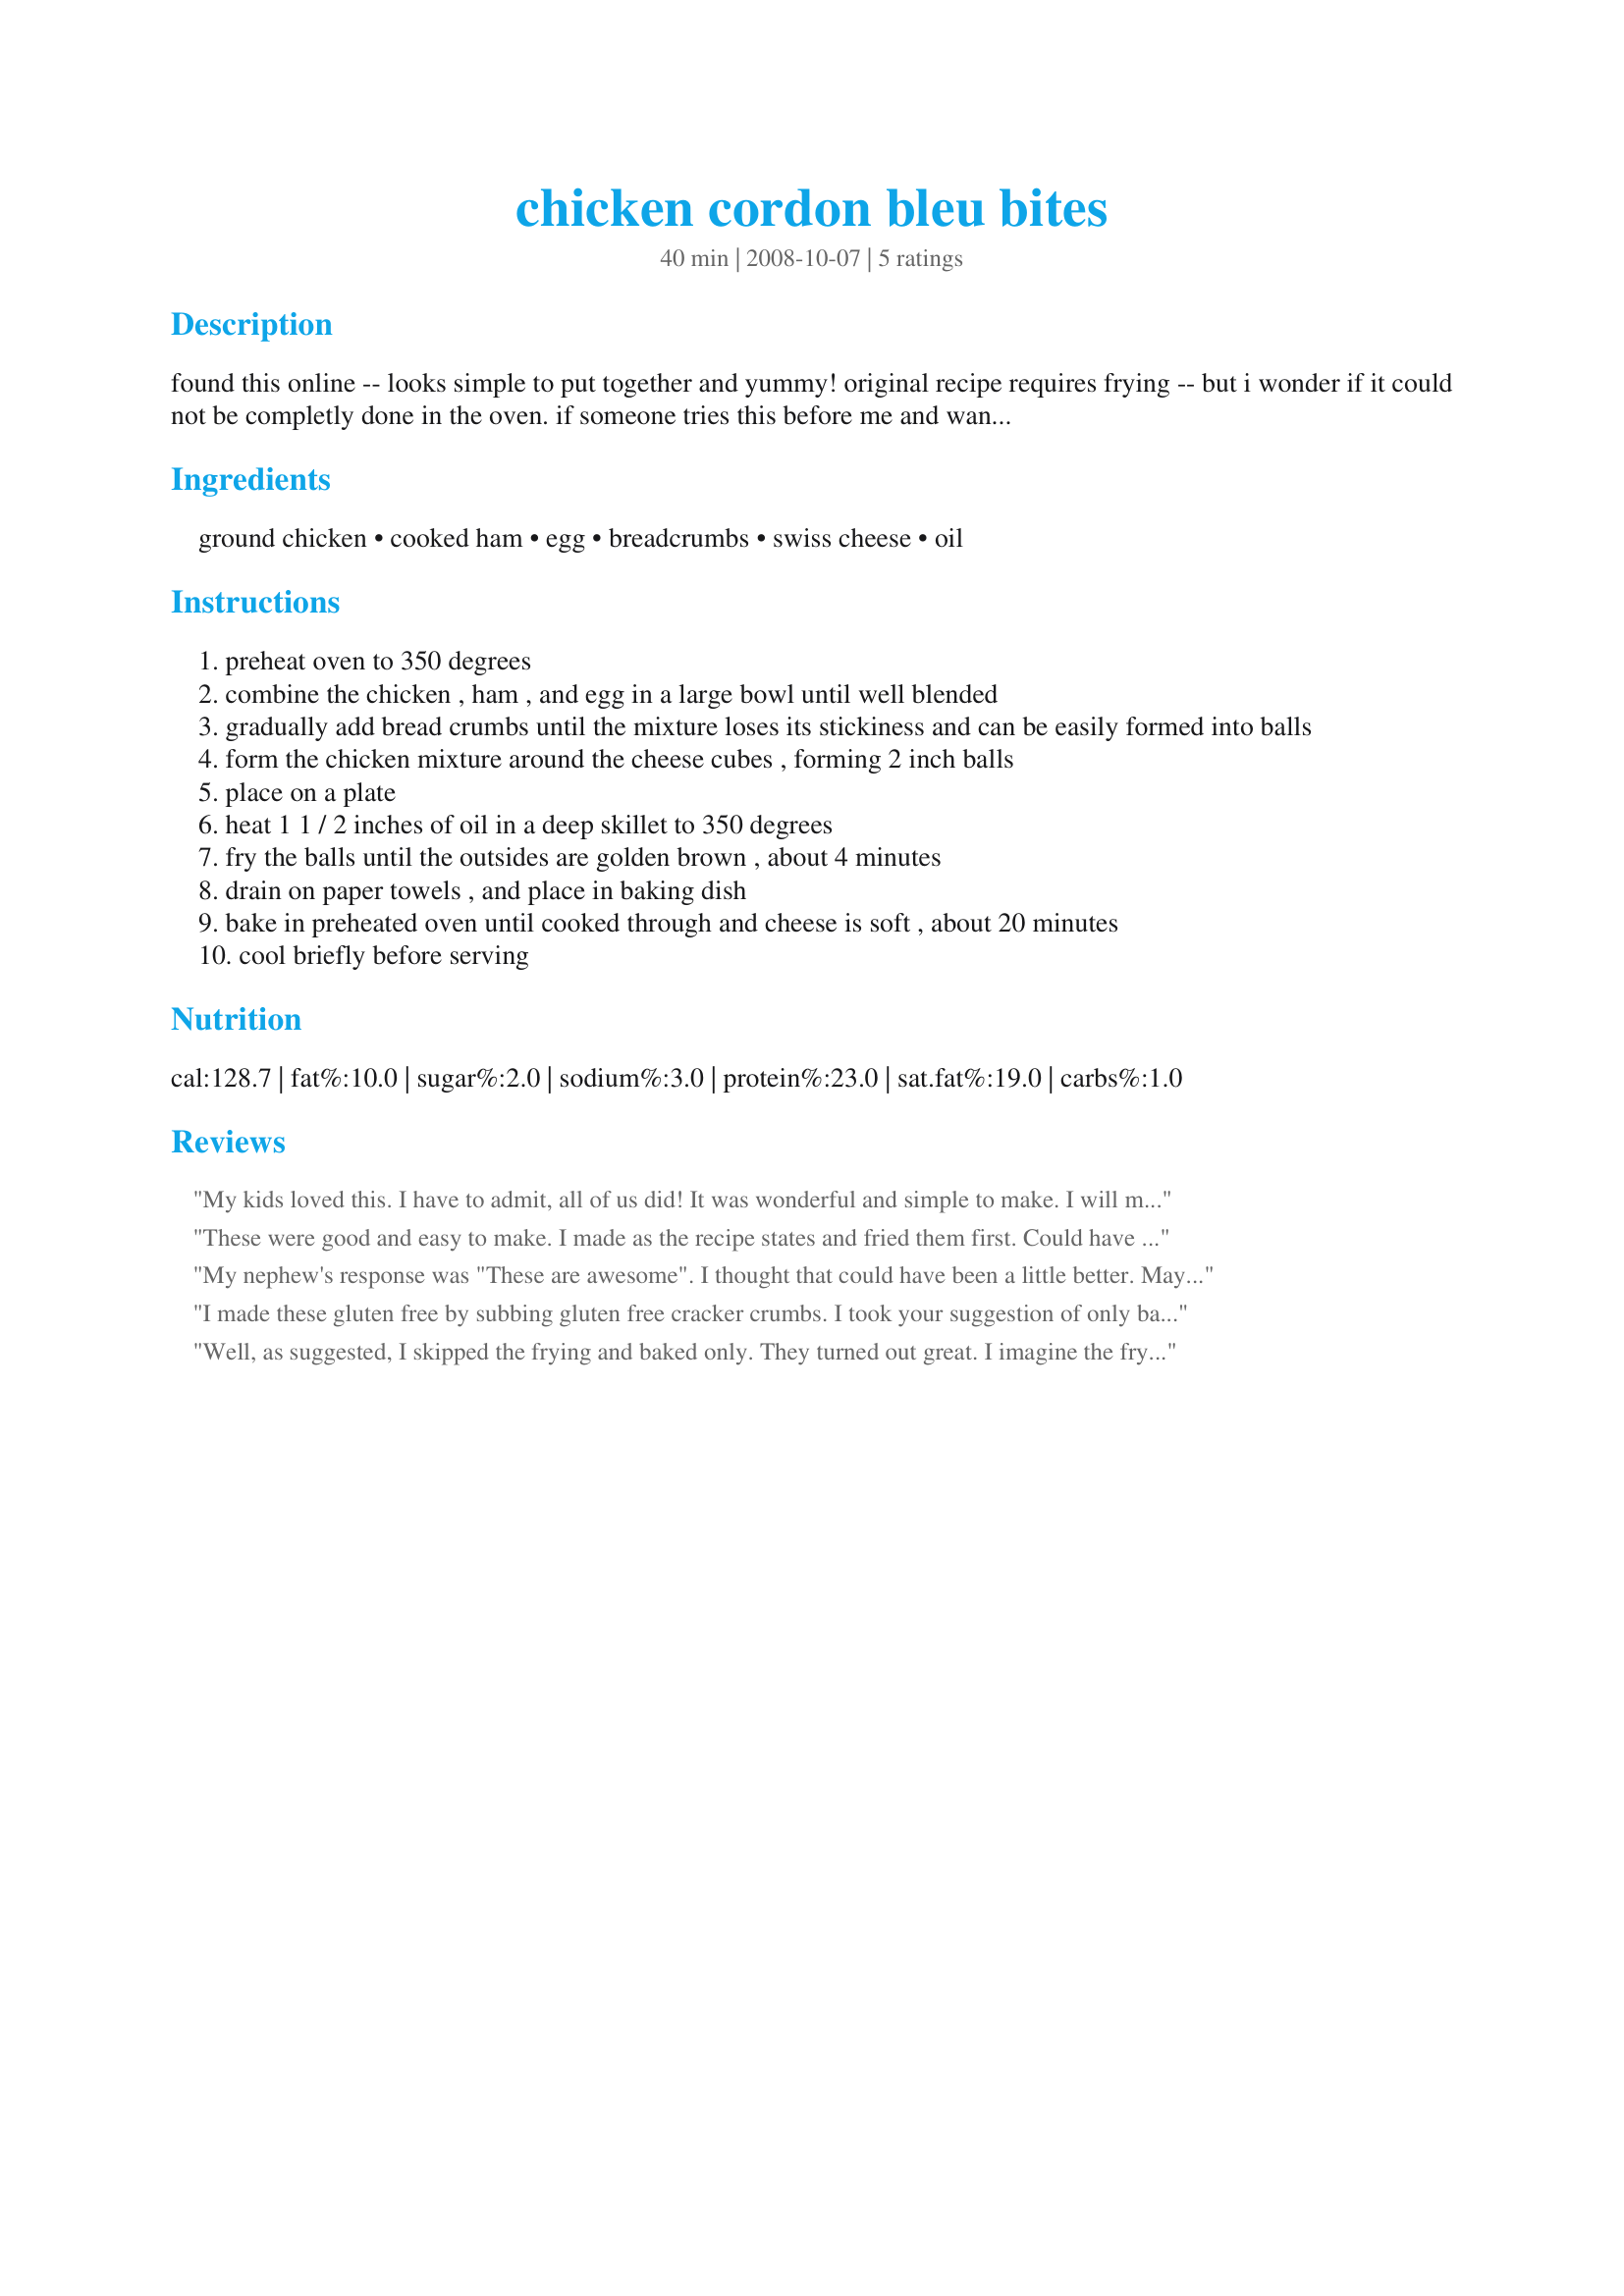
chicken cordon bleu bites
Preparation time: 40 minutes

found this online -- looks simple to put together and yummy! original recipe requires frying -- but i wonder if it could not be completly done in the oven. if someone tries this before me and wants to be brave and skip the frying step and bake longer, let me know your changes and i will edit the recipe. thanks!!

Ingredients:
ground chicken, cooked ham, egg, breadcrumbs, swiss cheese, oil

Steps:
preheat oven to 350 degrees
combine the chicken , ham , and egg in a large bowl until well blended
gradually add bread crumbs until the mixture loses its stickiness and can be easily formed into balls
form the chicken mixture around the cheese cubes , forming 2 inch balls
place on a plate
heat 1 1 / 2 inches of oil in a deep skillet to 350 degrees
fry the balls until the outsides are golden brown , about 4 minutes
drain on paper towels , and place in baking dish
bake in preheated oven until cooked through and cheese is soft , about 20 minutes
cool briefly before serving

Reviews:
My kids loved this. I have to admit, all of us did! It was wonderful and simple to make. I will make again! Made for ZWT7 for the Vivacious Violets.
These were good and easy to make. I made as the recipe states and fried them first. Could have gone a little less than the 20 minutes in the oven because the cheese was starting to ooze out. Will make again as an appetizer and probably make them smaller (I got 8 "bites" rather than the 12 stated). Made for Fall 2009 PAC.
My nephew's response was "These are awesome". I thought that could have been a little better. Maybe next time I will mix shredded cheese in with the chicken mix. Made for ZWT 7
I made these gluten free by subbing gluten free cracker crumbs. I took your suggestion of only baking to make them a little healthier, and they came out great. Before baking, I rolled each meatball in crushed cracker crumbs to add to the oven fried-ness. They were delish served with onion rings. Thank you for posting! Reviewed for ZWT - 7.
Well, as suggested, I skipped the frying and baked only. They turned out great. I imagine the frying would make them even crisper, but we were satisfied with the oven version. I will definitely make this again, for appetizers or even for a quick, cheap lunch.
